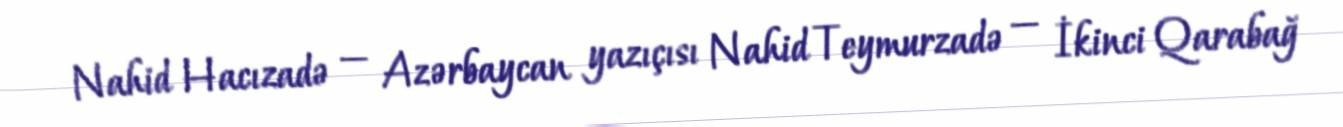
Nahid Hacızadə — Azərbaycan yazıçısı Nahid Teymurzadə — İkinci Qarabağ